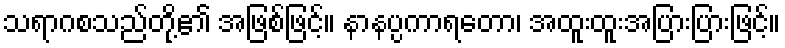
သရာဂစသည်တို့၏ အဖြစ်ဖြင့်။ နာနပ္ပကာရတော၊ အထူးထူးအပြားပြားဖြင့်။